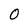
Character: 0